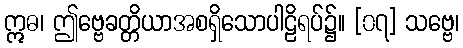
ဣဓ၊ ဤဗ္ဗေခတ္တိယာအစရှိသောပါဠိရပ်၌။ [၀၇] သဗ္ဗေ၊